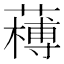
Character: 𦼭